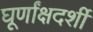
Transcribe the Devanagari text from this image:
घूर्णांक्षदर्शी